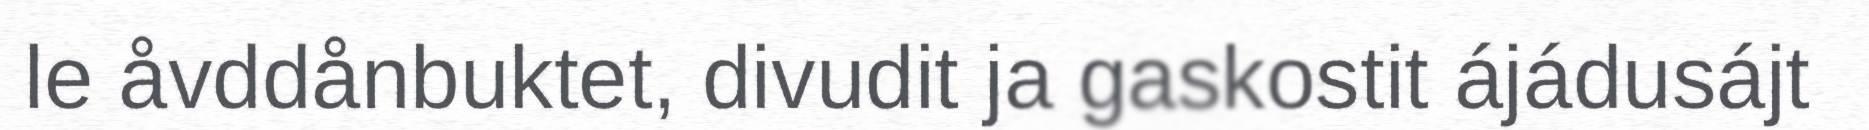
le åvddånbuktet, divudit ja gaskostit ájádusájt